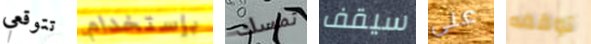
تتوقعي بإستخدام تمسك سيقف على توقفه